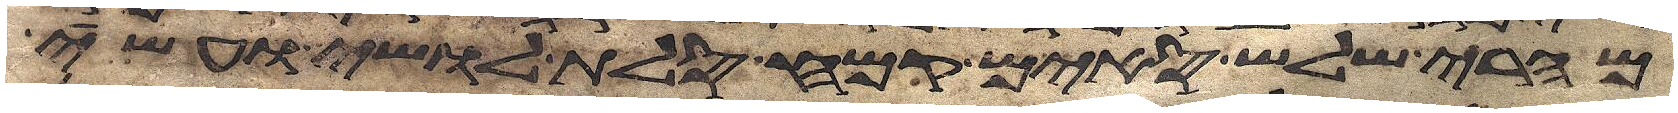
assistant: מהרי שלש סים קמח סלת לושי ועשה